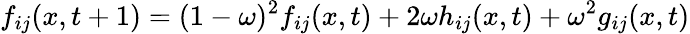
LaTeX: f_{ij}(x,t+1)=(1-\omega)^{2}f_{ij}(x,t)+2\omega h_{ij}(x,t)+\omega^{2}g_{ij}(x,t)